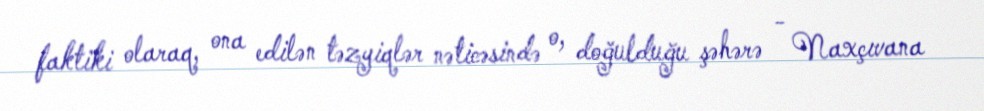
faktiki olaraq, ona edilən təzyiqlər nəticəsində o, doğulduğu şəhərə - Naxçıvana